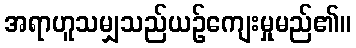
အရာဟူသမျှသည်ယဉ်ကျေးမှုမည်၏။